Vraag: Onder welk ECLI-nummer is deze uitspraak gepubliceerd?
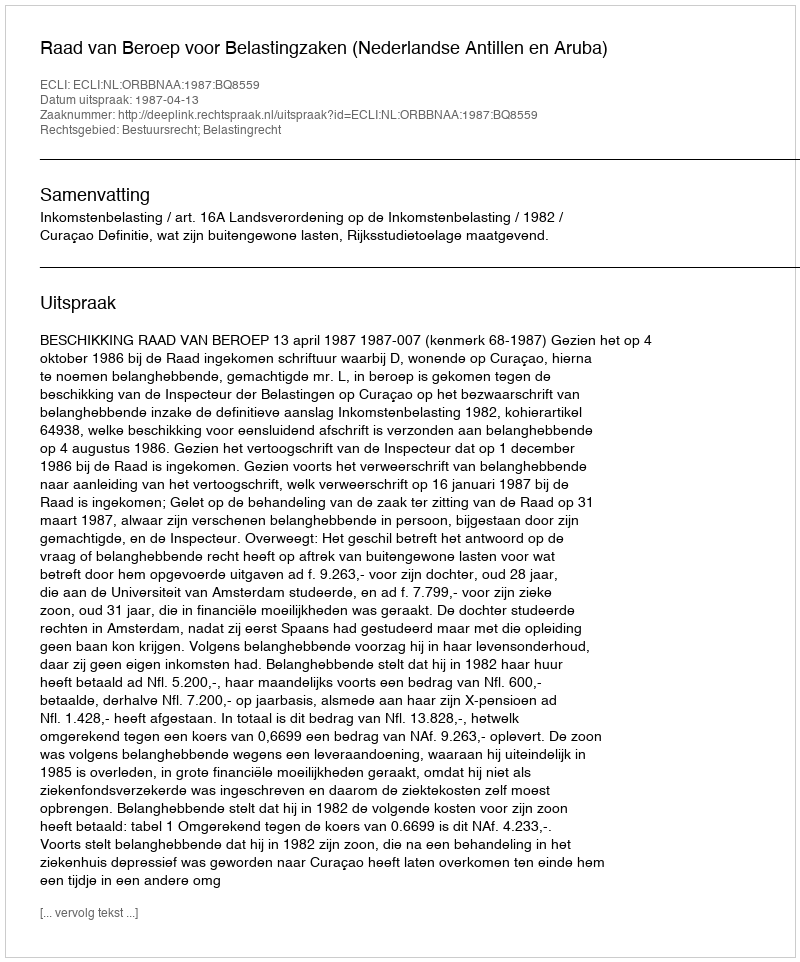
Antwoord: ECLI:NL:ORBBNAA:1987:BQ8559